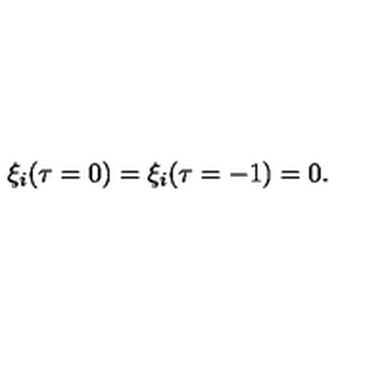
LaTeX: \xi _ { i } ( \tau = 0 ) = \xi _ { i } ( \tau = - 1 ) = 0 .